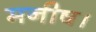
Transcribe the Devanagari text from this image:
मनीष।